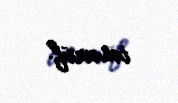
təsəvvüf.